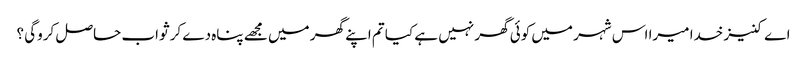
اے کنیز خدا میرا اس شہر میں کوئی گھر نہیں ہے کیا تم اپنے گھر میں مجھے پناہ دے کر ثواب حاصل کروگی ؟